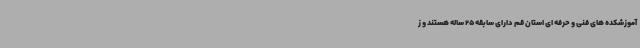
آموزشکده های فنی و حرفه ای استان قم دارای سابقه 25 ساله هستند و ز